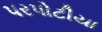
પરપોટીયા